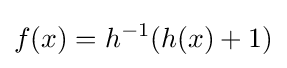
f(x)=h^{-1}(h(x)+1)